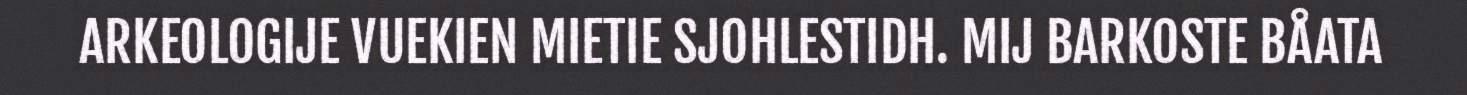
ARKEOLOGIJE VUEKIEN MIETIE SJOHLESTIDH. MIJ BARKOSTE BÅATA